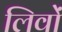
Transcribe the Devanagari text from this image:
लिवों